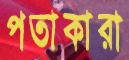
পতাকারা